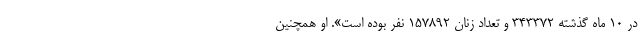
در 10 ماه گذشته 343372 و تعداد زنان 157892 نفر بوده است». او همچنین